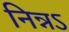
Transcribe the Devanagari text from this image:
निन्नऽ